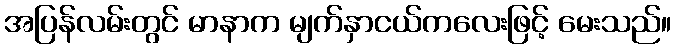
အပြန်လမ်းတွင် မာနာက မျက်နှာငယ်ကလေးဖြင့် မေးသည်။